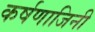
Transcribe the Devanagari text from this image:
कर्षणाजिनी